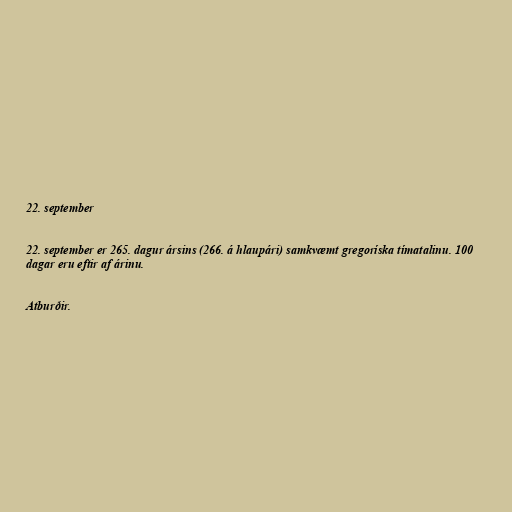
22. september

22. september er 265. dagur ársins (266. á hlaupári) samkvæmt gregoríska tímatalinu. 100
dagar eru eftir af árinu.

Atburðir.